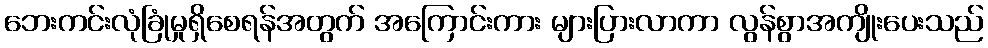
ဘေးကင်းလုံခြုံမှုရှိစေရန်အတွက် အကြောင်းကား များပြားလာကာ လွန်စွာအကျိုးပေးသည်